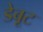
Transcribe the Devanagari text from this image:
डेबूट